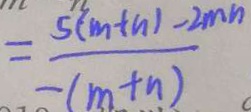
= \frac { 5 ( m + n ) - 2 m n } { - ( m + n ) }